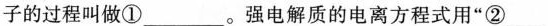
子的过程叫做①___。强电解质的电离方程式用“②